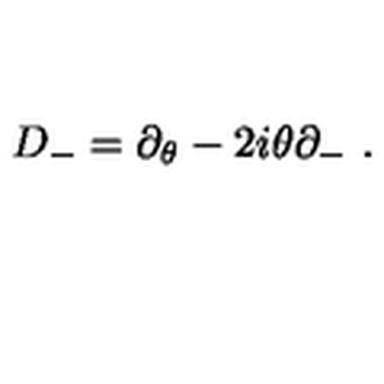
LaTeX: D _ { - } = \partial _ { \theta } - 2 i \theta \partial _ { - } \ .